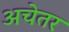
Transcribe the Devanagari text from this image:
अचेतर